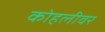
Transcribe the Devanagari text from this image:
कोहलीवर